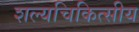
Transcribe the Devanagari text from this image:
शल्यचिकित्सीय